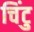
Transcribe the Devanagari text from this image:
चिंटु